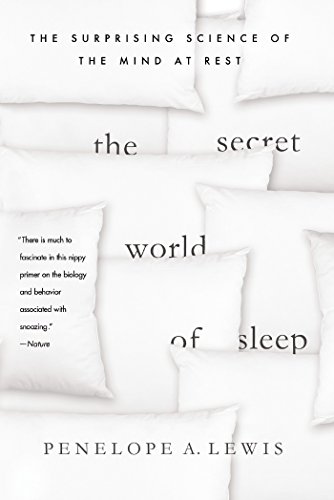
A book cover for The Secret World of Sleep: The Surprising Science of the Mind at Rest; Penelope A. Lewis; Health, Fitness & Dieting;